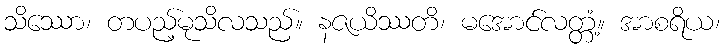
သိဿော၊ တပည့်မုသိလသည်။ နဇယိဿတိ၊ မအောင်လတ္တံ့။ အာစရိယ၊